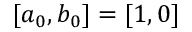
[ a _ { 0 } , b _ { 0 } ] = [ 1 , 0 ]